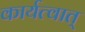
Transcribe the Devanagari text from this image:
कार्यत्वात्